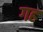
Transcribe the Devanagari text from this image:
गह